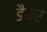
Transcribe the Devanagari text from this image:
डैनर